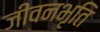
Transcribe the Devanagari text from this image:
जीवनभृति